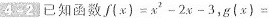
4-2已知函数$$f { ( x ) = x _ { 2 } - 2 x - 3$$，$$g ( x ) =